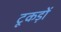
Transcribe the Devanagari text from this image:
टूकड़ों